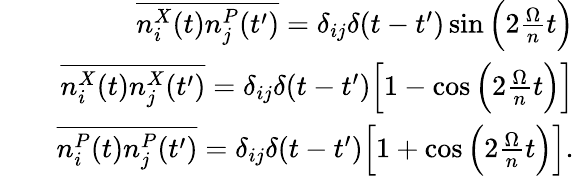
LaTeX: \begin{array}{rlr}&{}&{\overline{{n_{i}^{X}(t)n_{j}^{P}(t^{\prime})}}=\delta_{ij}\delta(t-t^{\prime})\sin\Big(2\frac{\Omega}{n}t\Big)}\\ &{}&{\overline{{n_{i}^{X}(t)n_{j}^{X}(t^{\prime})}}=\delta_{ij}\delta(t-t^{\prime})\Big[1-\cos\Big(2\frac{\Omega}{n}t\Big)\Big]}\\ &{}&{\overline{{n_{i}^{P}(t)n_{j}^{P}(t^{\prime})}}=\delta_{ij}\delta(t-t^{\prime})\Big[1+\cos\Big(2\frac{\Omega}{n}t\Big)\Big].}\end{array}